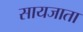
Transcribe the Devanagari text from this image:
सायजाता